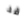
قد